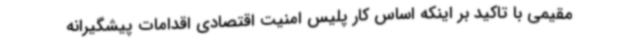
مقیمی با تاکید بر اینکه اساس کار پلیس امنیت اقتصادی اقدامات پیشگیرانه